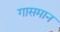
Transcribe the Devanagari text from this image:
गासमान